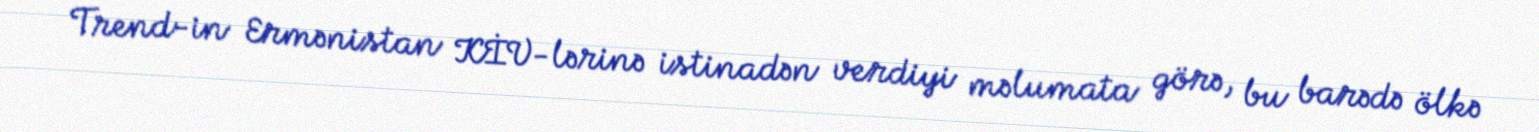
Trend-in Ermənistan KİV-lərinə istinadən verdiyi məlumata görə, bu barədə ölkə